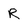
Character: R